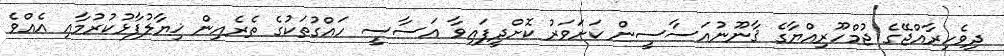
ދިވެހިރާއްޖޭގެ ޖުމްހޫރިއްޔާގެ ޤާނޫނުއަސާސީން ކަށަވަރު ކޮށްދީފައިވާ އަސާސީ ހައްގުތަކުގެ ތެރެއިން ޚިޔާލުފާޅުކުރުމާއި އެއްވެ